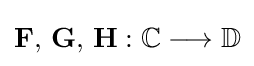
{\textstyle \mathbf {F,\,G,\,H} :\mathbb {C} \longrightarrow \mathbb {D} }